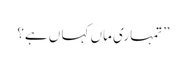
”تمہاری ماں کہا ں ہے؟